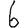
Digit: 6